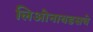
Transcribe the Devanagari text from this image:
लिओनायडसचे